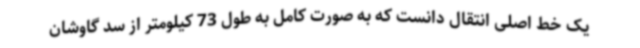
یک خط اصلی انتقال دانست که به صورت کامل به طول 73 کیلومتر از سد گاوشان